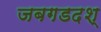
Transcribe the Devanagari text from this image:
जबगडदश्